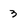
Character: 3